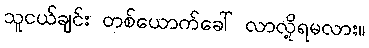
သူငယ်ချင်း တစ်ယောက်ခေါ် လာလို့ရမလား။